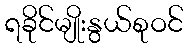
ရခိုင်မျိုးနွယ်စုဝင်